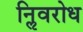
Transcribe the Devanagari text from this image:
निॢवरोध